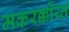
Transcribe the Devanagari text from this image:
मकरर्क्कोय्त्त